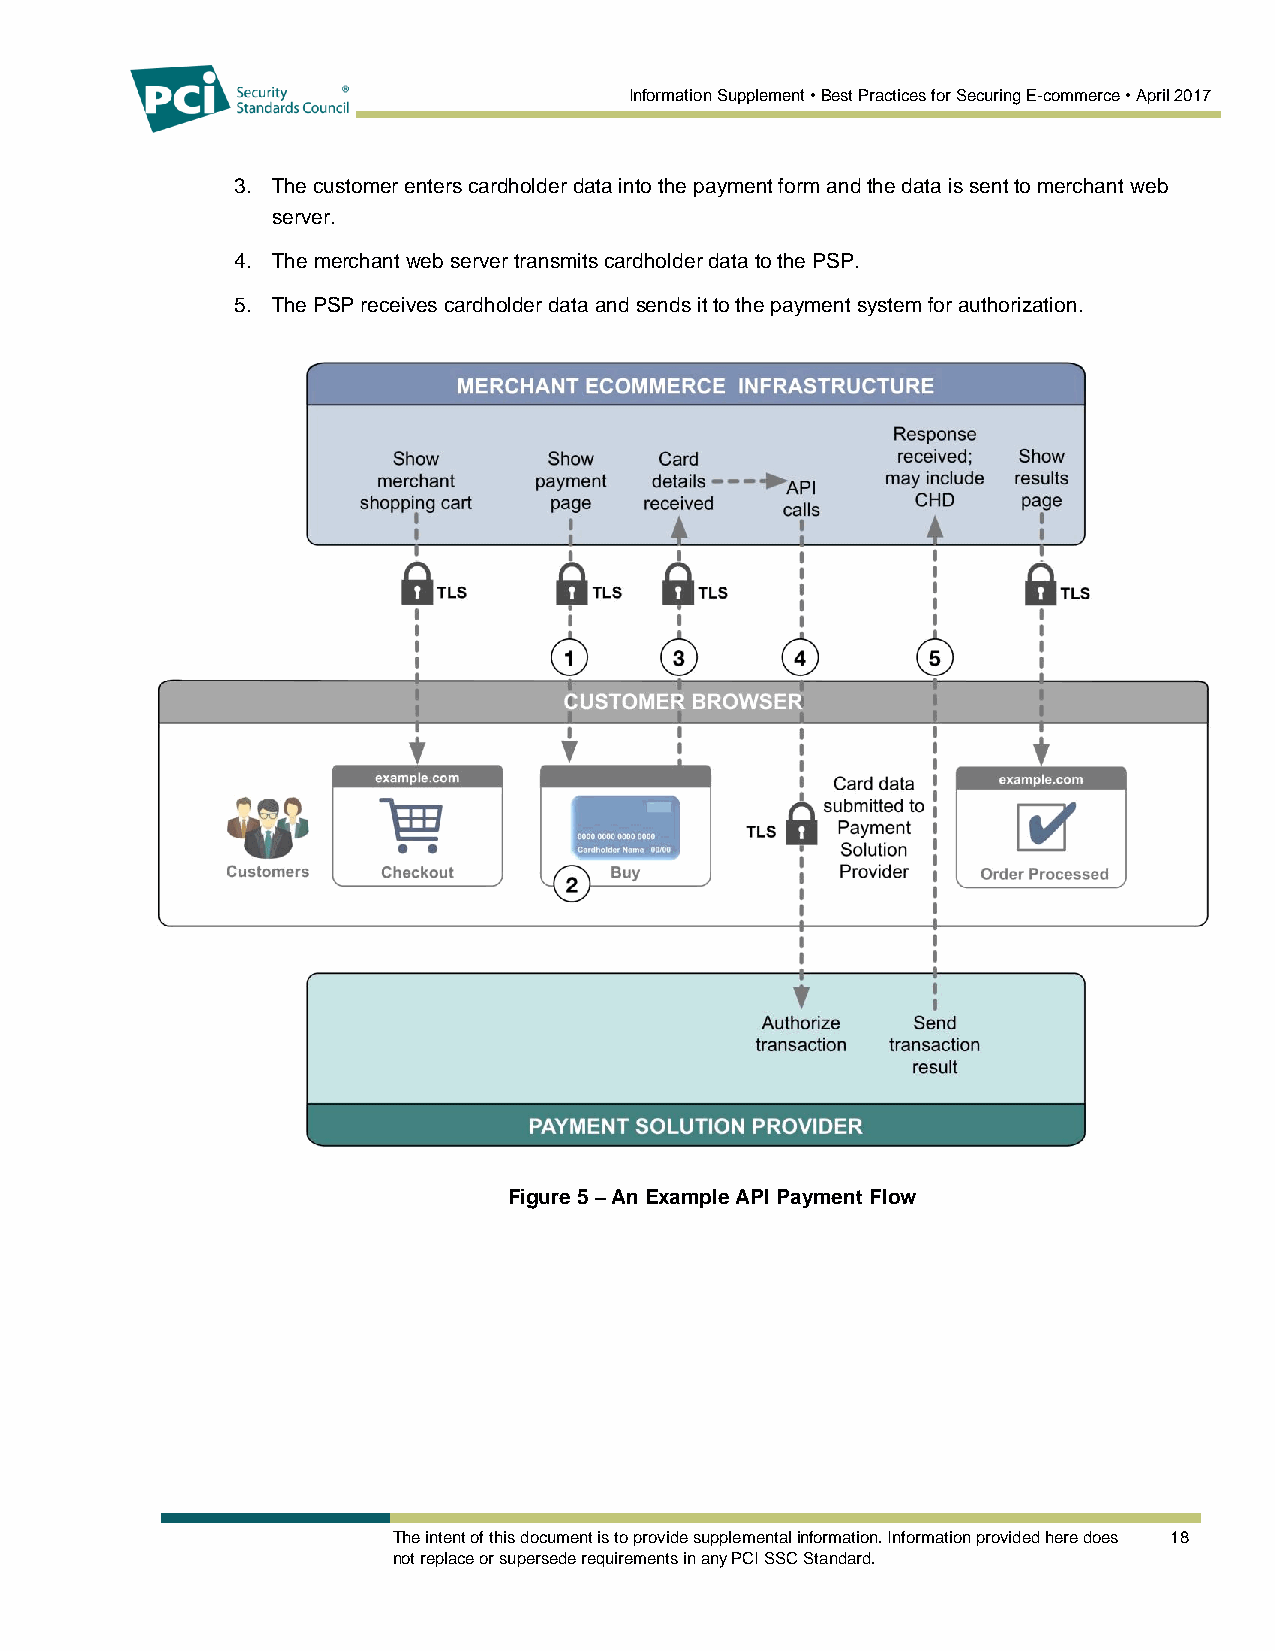
Information Supplement • Best Practices for Securing E-commerce • April 2017
 3. The customer enters cardholder data into the payment form and the data is sent to merchant web
 server.
 4. The merchant web server transmits cardholder data to the PSP.
 5. The PSP receives cardholder data and sends it to the payment system for authorization.
 Figure 5 – An Example API Payment Flow
 The intent of this document is to provide supplemental information. Information provided here does 18
 not replace or supersede requirements in any PCI SSC Standard.